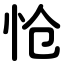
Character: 怆